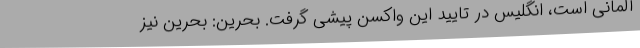
آلمانی است، انگلیس در تایید این واکسن پیشی گرفت. بحرین: بحرین نیز